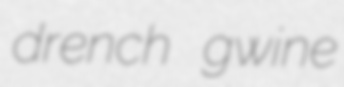
drench gwine